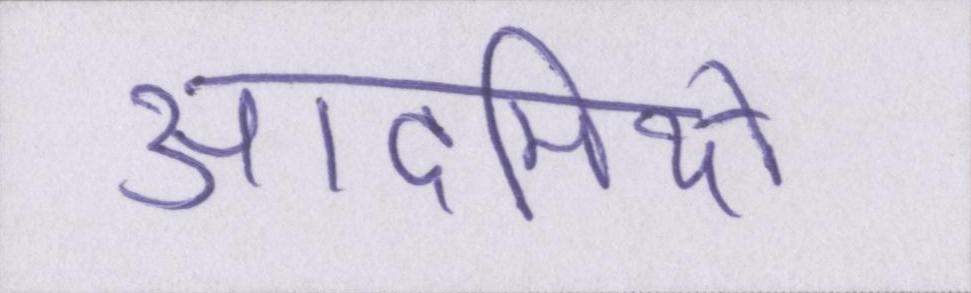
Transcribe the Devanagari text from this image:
आदमियों